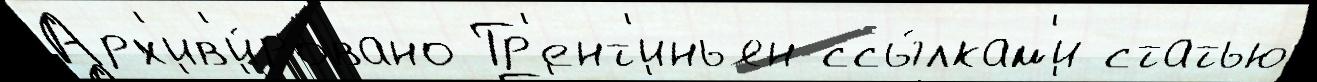
Арх'ив'и́ровано Тр'ент'иньян ссы́лкам'и статью